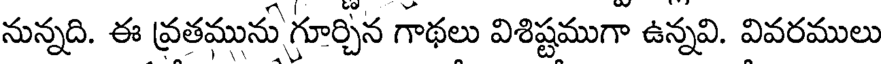
నున్నది. ఈ వ్రతమును గూర్చిన గాథలు విశిష్టముగా ఉన్నవి. వివరములు